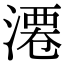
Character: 𣻝